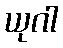
ယုဂါ